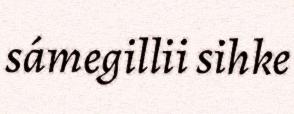
sámegillii sihke